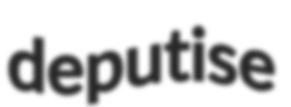
deputise